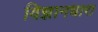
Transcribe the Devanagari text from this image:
विज्ञानधारा